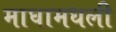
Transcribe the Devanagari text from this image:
माघामधली